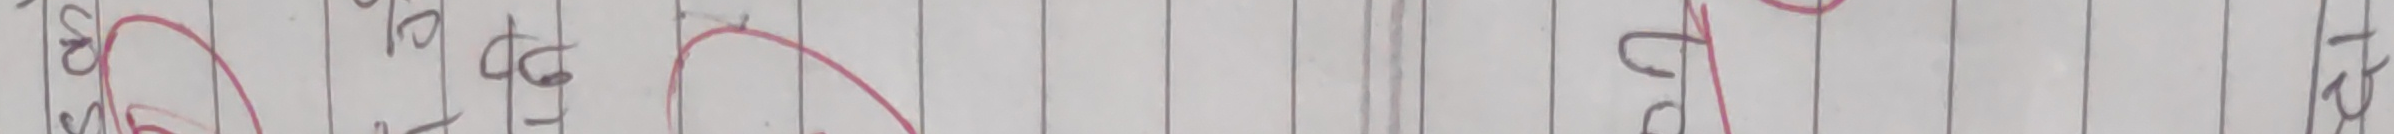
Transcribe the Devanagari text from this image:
बोकेर